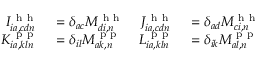
\begin{array} { r l r l } { I _ { i a , c d n } ^ { \mathrm { ~ h ~ h ~ } } } & { { } = \delta _ { a c } M _ { d i , n } ^ { \mathrm { ~ h ~ h ~ } } } & { J _ { i a , c d n } ^ { \mathrm { ~ h ~ h ~ } } } & { { } = \delta _ { a d } M _ { c i , n } ^ { \mathrm { ~ h ~ h ~ } } } \\ { K _ { i a , k l n } ^ { \mathrm { ~ p ~ p ~ } } } & { { } = \delta _ { i l } M _ { a k , n } ^ { \mathrm { ~ p ~ p ~ } } } & { L _ { i a , k l n } ^ { \mathrm { ~ p ~ p ~ } } } & { { } = \delta _ { i k } M _ { a l , n } ^ { \mathrm { ~ p ~ p ~ } } } \end{array}